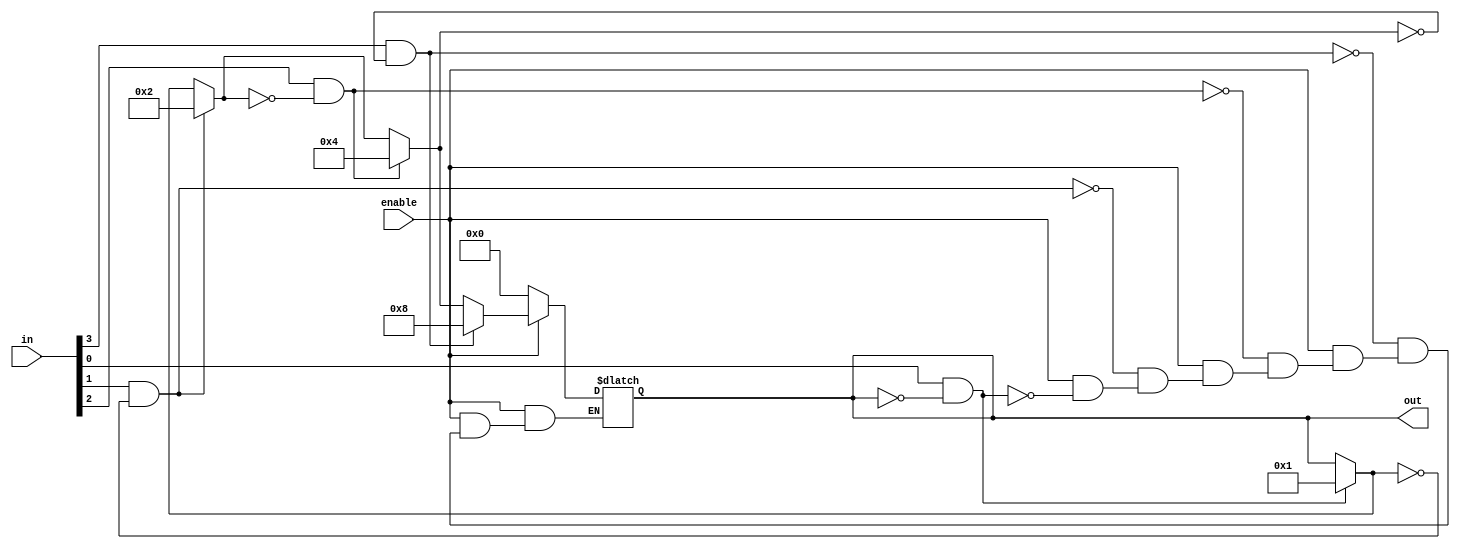
module priority_encoder
# (
    parameter NO_INPUTS = 4
)(
    input   wire                    enable,
    input   wire [NO_INPUTS-1:0]    in,
    output  reg  [NO_INPUTS-1:0]    out
);

integer i;

always @(*)
    if (enable)
    begin
        for (i = 0; i < NO_INPUTS; i = i + 1)
        begin
            if(in[i] && !out)
                out = 1 << i;
        end
    end
    else
        out = 0;

endmodule